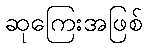
ဆုကြေးအဖြစ်